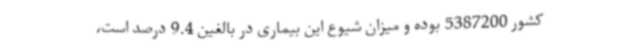
کشور 5387200 بوده و میزان شیوع این بیماری در بالغین 9.4 درصد است،